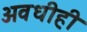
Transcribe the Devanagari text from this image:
अवधीही